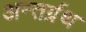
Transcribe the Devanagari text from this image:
अन्तर्ग्रथ